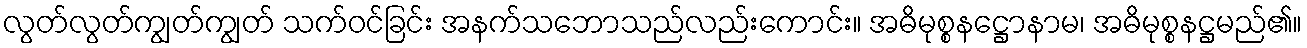
လွတ်လွတ်ကျွတ်ကျွတ် သက်ဝင်ခြင်း အနက်သဘောသည်လည်းကောင်း။ အဓိမုစ္စနဋ္ဌောနာမ၊ အဓိမုစ္စနဋ္ဌမည်၏။